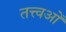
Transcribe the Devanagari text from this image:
तत्त्वओं